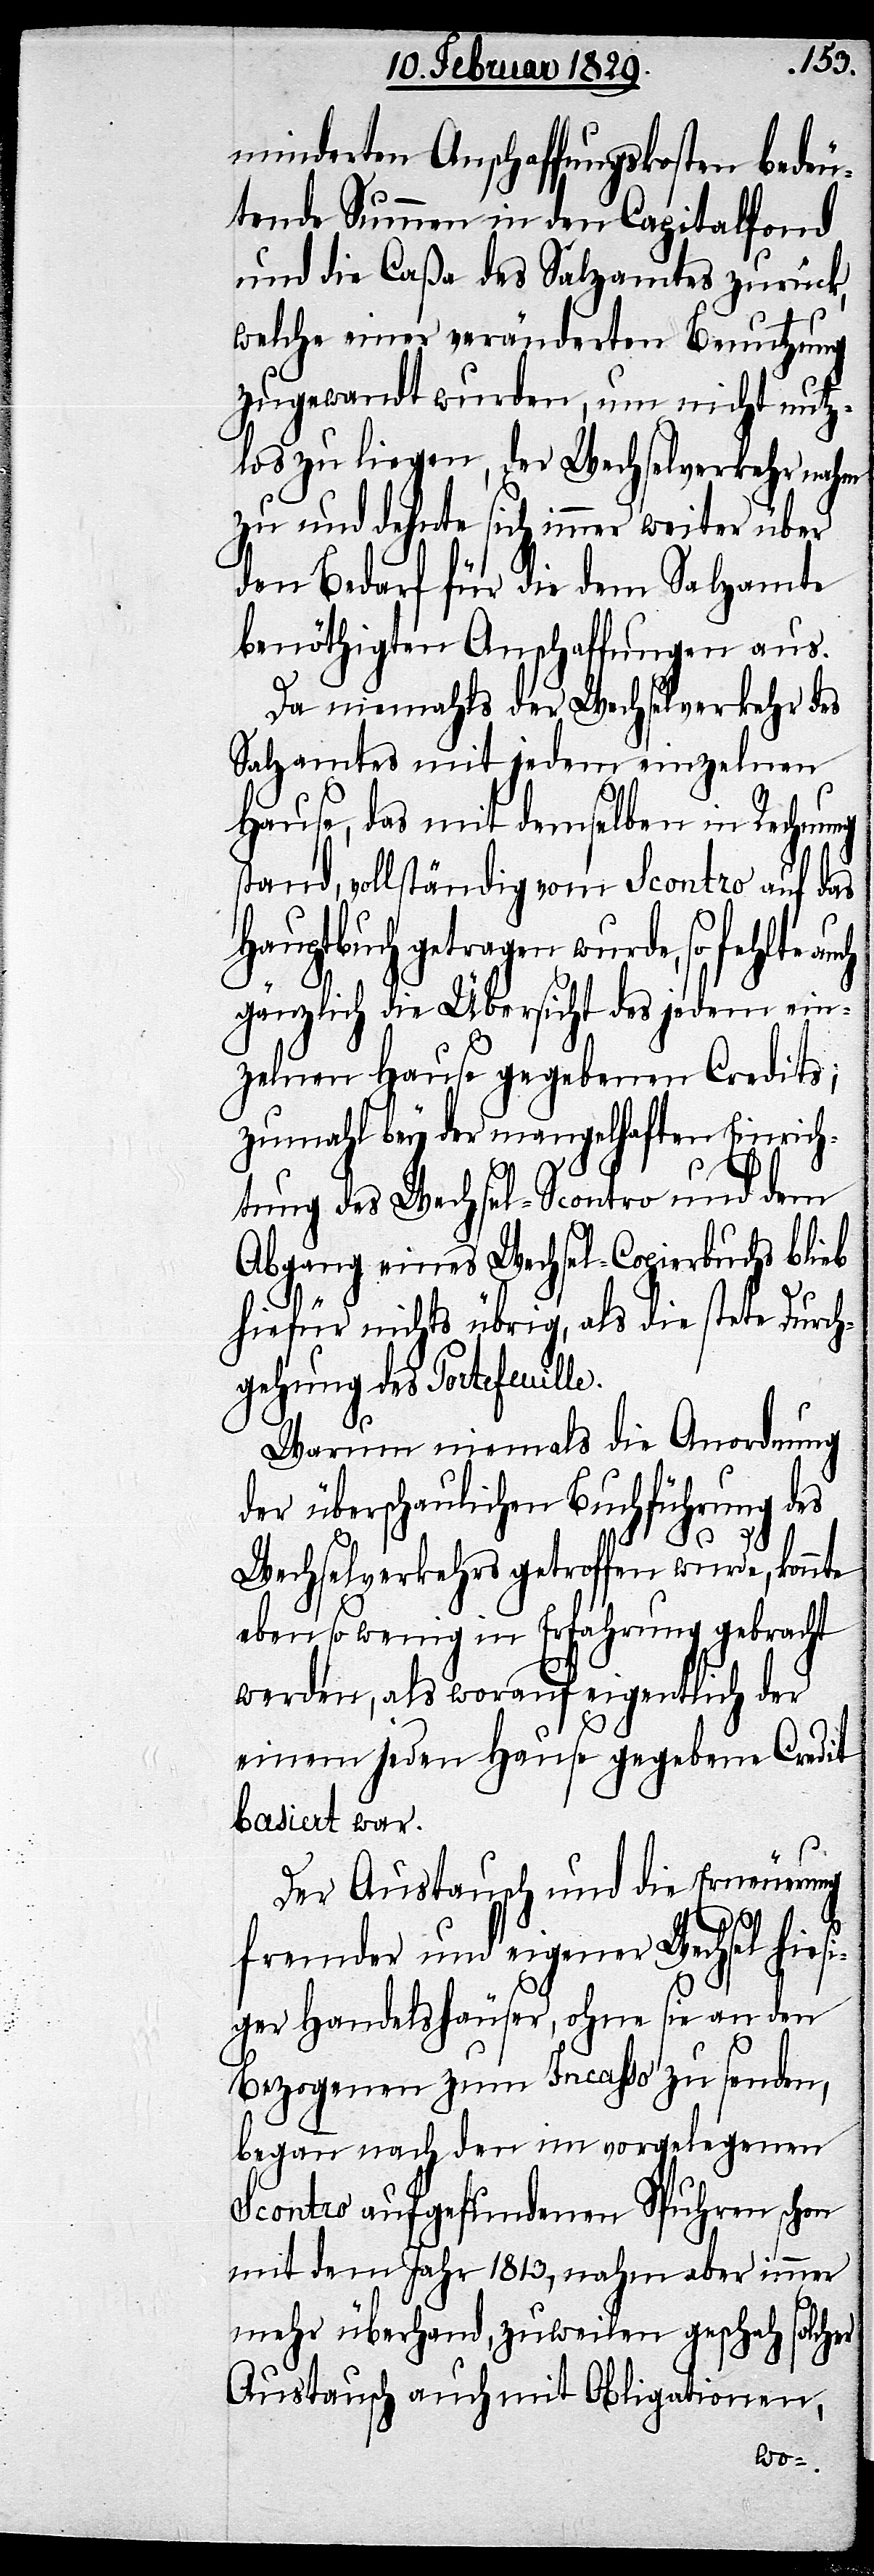
minderten Anschaffungskosten bedeu¬
tende Summen in den Capitalfond
und die Caßa des Salzamtes zurück,
welche einer veränderten Benutzung
zugewandt wurden, um nicht nutz¬
los zu liegen, der Wechselverkehr nahm
zu und dehnte sich immer weiter über
den Bedarf für die dem Salzamte
benöthigten Anschaffungen aus.
Da niehmals der Wechselverkehr des
Salzamtes mit jedem einzelnen
Hause, das mit demselben in Rechnung
stand, vollständig von Scontro auf das
Hauptbuch getragen wurde, so fehlte
gänzlich die Übersicht des jedem ein¬
zelnen Hause gegebenen Credits;
zumahl bey der mangelhaften Einrich¬
tung des Wechsel-Scontro und dem
Abgang eines Wechsel-Copierbuchs blieb
hiefür nicht übrig, als die stete Durch¬
gehung des Portefeuille.
Warum niemals die Anordnung
der überschaulichen Buchführung des
Wechselverkehrs getroffen wurde, konnte
ebenso wenig in Erfahrung gebracht
werden, als worauf eigentlich der
einem jeden Hause gegebene Credit
basiert war.
Der Austausch und die Erneuerung
fremder und eigener Wechsel hiesi¬
ger Handelshäuser, ohne sie an den
Bezogenen zum Incasso zu senden,
begann nach den im vorgelegenen
Scontro aufgefundenen Spuhren schon
mit dem Jahr 1813, nahm aber immer
mehr überhand, zuweilen geschah solcher
Austausch auch mit Obligationen,